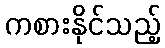
ကစားနိုင်သည့်